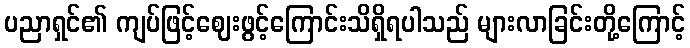
ပညာရှင်၏ ကျပ်ဖြင့်ဈေးဖွင့်ကြောင်းသိရှိရပါသည် များလာခြင်းတို့ကြောင့်